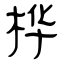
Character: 桦